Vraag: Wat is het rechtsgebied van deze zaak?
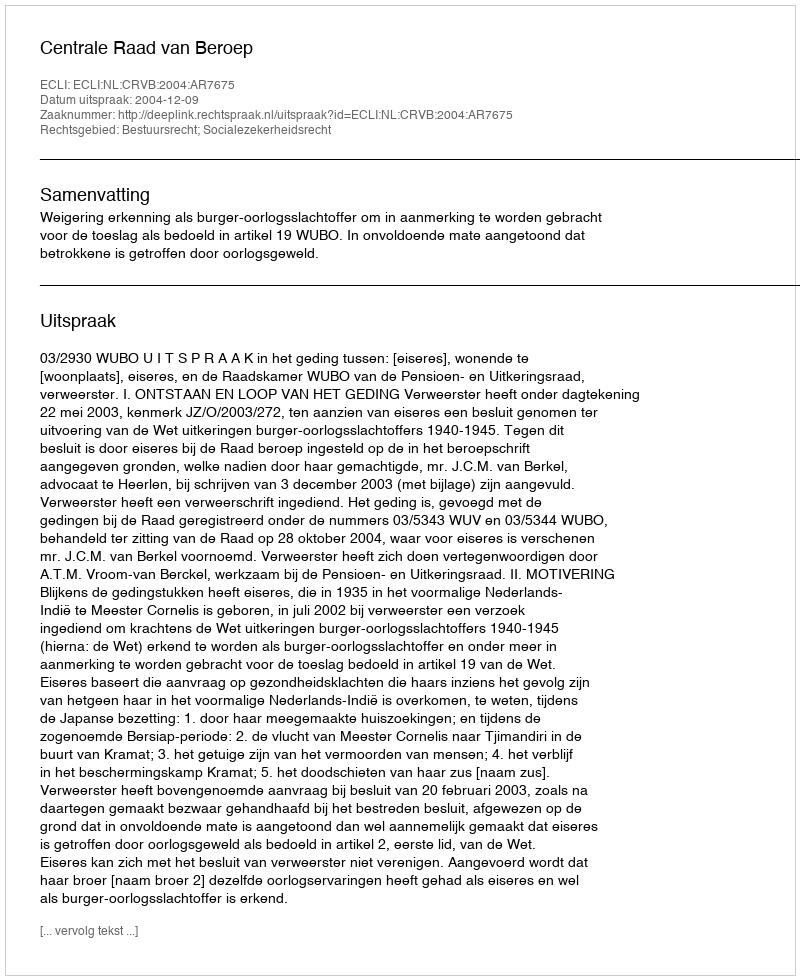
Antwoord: Bestuursrecht; Socialezekerheidsrecht